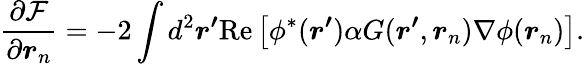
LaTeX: \frac{\partial\mathcal{F}}{\partial\boldsymbol{r}_{n}}=-2\int d^{2}\boldsymbol{r^{\prime}}\mathrm{Re}\left[\phi^{*}(\boldsymbol{r^{\prime}})\alpha G(\boldsymbol{r^{\prime}},\boldsymbol{r}_{n})\nabla\phi(\boldsymbol{r}_{n})\right].